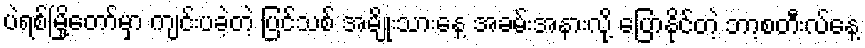
ပဲရစ်မြို့တော်မှာ ကျင်းပခဲ့တဲ့ ပြင်သစ် အမျိုးသားနေ့ အခမ်းအနားလို့ ပြောနိုင်တဲ့ ဘာ့စတီးလ်နေ့